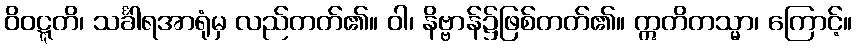
ဝိဝဋ္ဋတိ၊ သင်္ခါရအာရုံမှ လည်တတ်၏။ ဝါ၊ နိဗ္ဗာန်၌ဖြစ်တတ်၏။ ဣတိတသ္မာ၊ ကြောင့်။